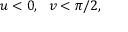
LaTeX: u < 0 , ~ ~ v < \pi / 2 ,